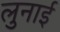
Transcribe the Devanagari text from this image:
लुनाई